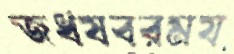
জধষবরময